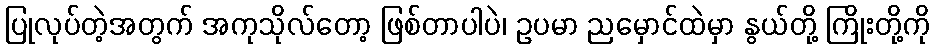
ပြုလုပ်တဲ့အတွက် အကုသိုလ်တော့ ဖြစ်တာပါပဲ၊ ဥပမာ ညမှောင်ထဲမှာ နွယ်တို့ ကြိုးတို့ကို